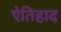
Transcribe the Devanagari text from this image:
ऐतिहाद